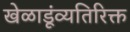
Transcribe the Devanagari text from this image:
खेळाडूंव्यतिरिक्त